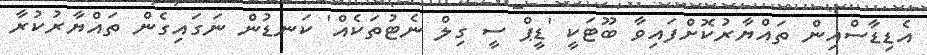
އެޑިޑާސްއިން ތައްޔާރުކޮށްފައިވާ ބޫޓަކީ 'ޑީޕް ސީ ގިލް ނެޓުތަކެއް' ކަނޑުން ނަގައިގެން ތައްޔާރުކުރާ